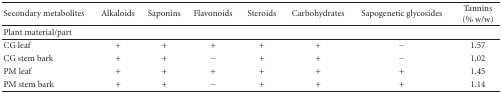
<table><thead><tr><td><b>Secondary metabolites</b></td><td><b>Alkaloids</b></td><td><b>Saponins</b></td><td><b>Flavonoids</b></td><td><b>Steroids</b></td><td><b>Carbohydrates</b></td><td><b>Sapogenetic glycosides</b></td><td><b>Tannins (% w/w)</b></td></tr><tr><td><b>Plant material/part</b></td><td></td><td></td><td></td><td></td><td></td><td></td><td></td></tr></thead><tbody><tr><td>CG leaf</td><td>+</td><td>+</td><td>+</td><td>+</td><td>+</td><td>−</td><td>1.57</td></tr><tr><td>CG stem bark</td><td>+</td><td>+</td><td>−</td><td>+</td><td>+</td><td>−</td><td>1.02</td></tr><tr><td>PM leaf</td><td>+</td><td>+</td><td>+</td><td>+</td><td>+</td><td>+</td><td>1.45</td></tr><tr><td>PM stem bark</td><td> +</td><td>+</td><td>−</td><td>+</td><td>+</td><td>+</td><td>1.14</td></tr></tbody></table>